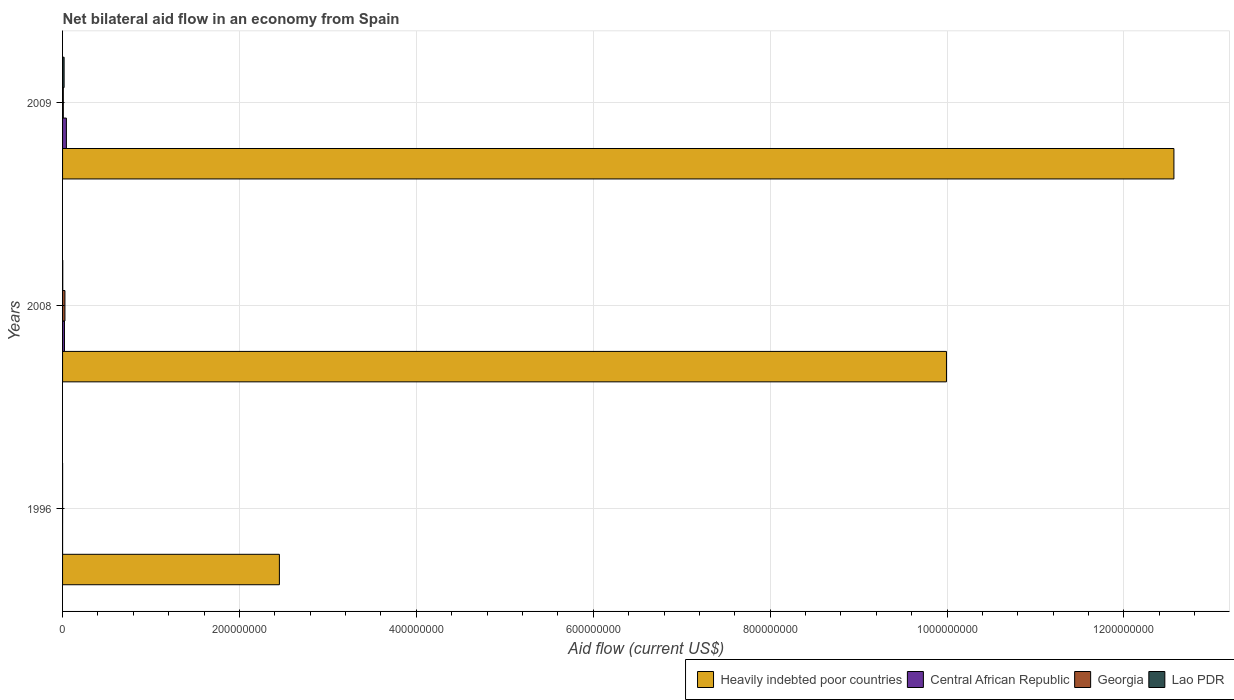
| Years | Heavily indebted poor countries | Central African Republic | Georgia | Lao PDR |
 | --- | --- | --- | --- | --- |
 | 1996 | 2.45e+08 | 2e+04 | 3e+04 | 3e+04 |
 | 2008 | 9.99e+08 | 2.15e+06 | 2.69e+06 | 2e+05 |
 | 2009 | 1.26e+09 | 4.33e+06 | 8.5e+05 | 1.74e+06 |